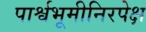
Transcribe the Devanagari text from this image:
पार्श्वभूमीनिरपेक्ष